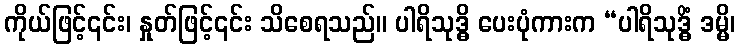
ကိုယ်ဖြင့်၎င်း၊ နှုတ်ဖြင့်၎င်း သိစေရသည်။ ပါရိသုဒ္ဓိ ပေးပုံကားက “ပါရိသုဒ္ဓိံ ဒမ္မိ၊